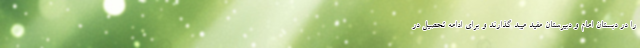
را در دبستان امام و دبیرستان مفید میبد گذارند و برای ادامه تحصیل در